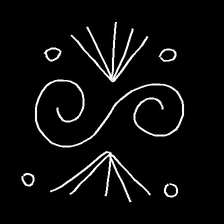
Glyph: aeroform